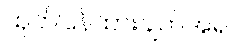
ထုတ်ပြန်ထားချက်အရ